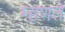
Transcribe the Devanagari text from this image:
म्‍हणते